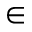
\in